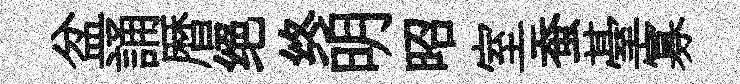
盆誦暦绝终明昭室蚕䑓寡